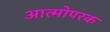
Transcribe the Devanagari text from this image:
आत्मोपरक